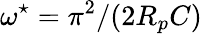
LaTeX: \omega^{\star}=\pi^{2}/(2R_{p}C)